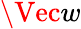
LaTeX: \Vec{w}